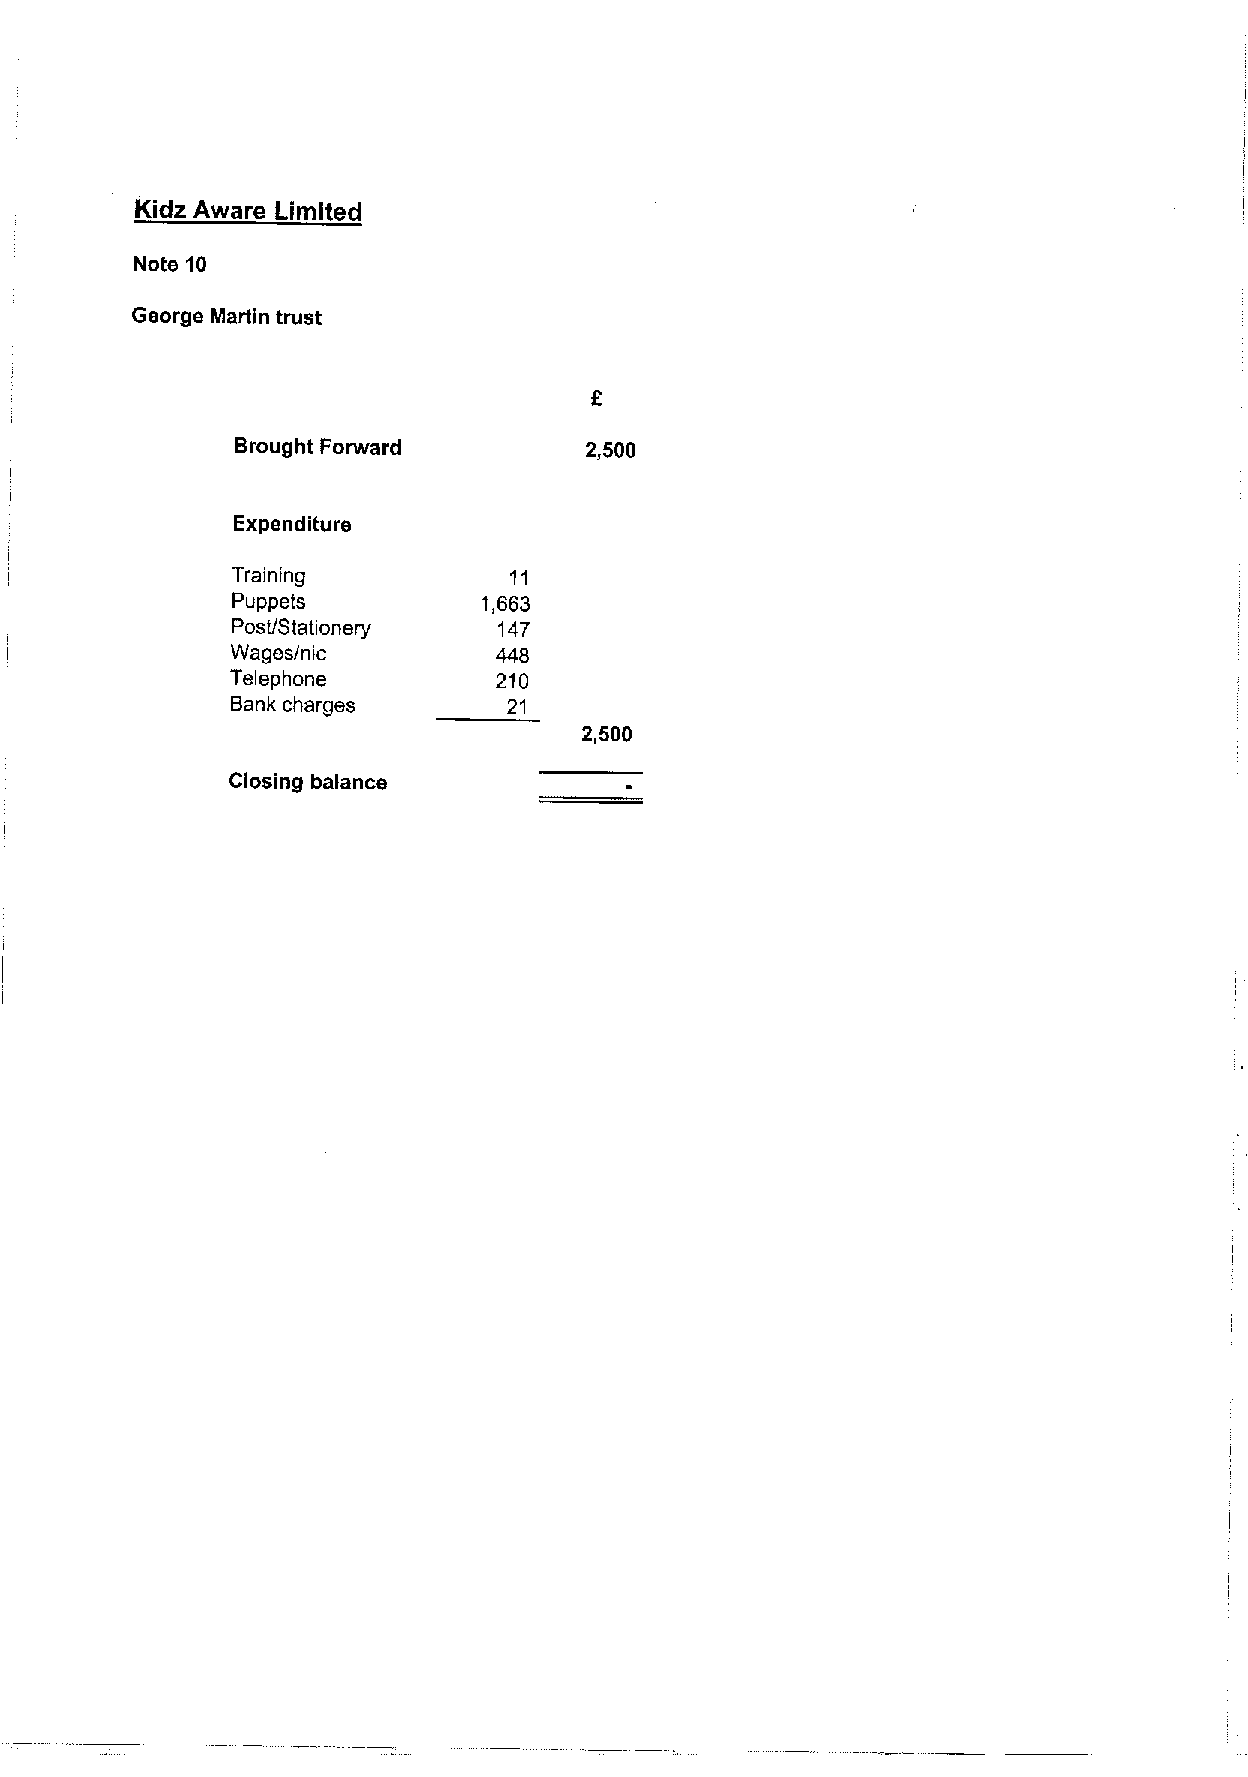
Kidz Aware Limited
 Note 10
 George Martin trust
 Brought Forward
 Expenditure
 Training           11
 Puppets          1,663
 Post/Stationery   147
 Wages/nic         448
 Telephone         210
 Bank charges       21
 Closing balance